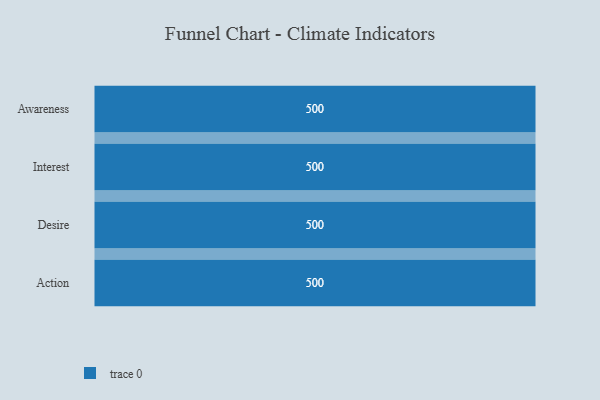
{"axis": {"x": "Stage", "y": "Value"}, "legend": [""], "data": [{"x": "Awareness", "y": 500, "type": ""}, {"x": "Interest", "y": 500, "type": ""}, {"x": "Desire", "y": 500, "type": ""}, {"x": "Action", "y": 500, "type": ""}]}